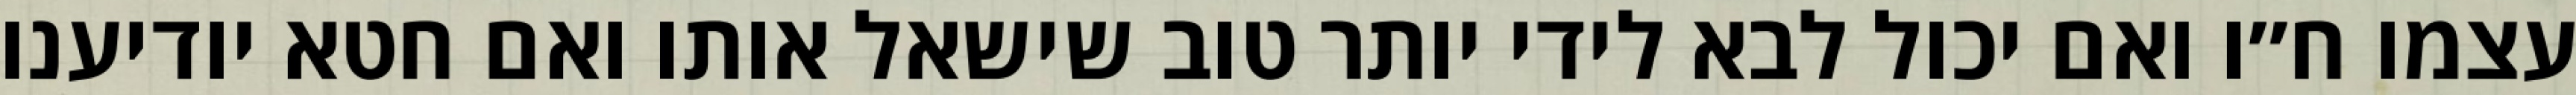
עצמו ח״ו ואם יכול לבא לידי יותר טוב שישאל אותו ואם חטא יודיענו